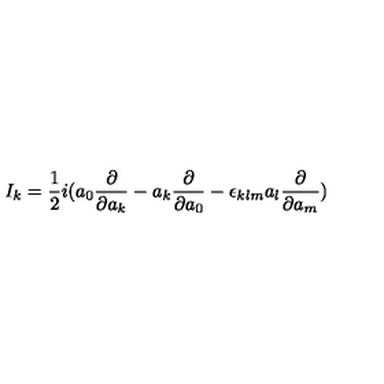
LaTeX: I _ { k } = \frac { 1 } { 2 } i ( a _ { 0 } \frac { \partial } { \partial a _ { k } } - a _ { k } \frac { \partial } { \partial a _ { 0 } } - \epsilon _ { k l m } a _ { l } \frac { \partial } { \partial a _ { m } } )